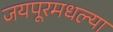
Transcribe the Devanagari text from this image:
जयपूरमधल्या